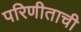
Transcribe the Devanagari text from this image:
परिणीताची